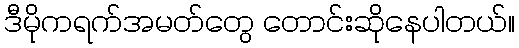
ဒီမိုကရက်အမတ်တွေ တောင်းဆိုနေပါတယ်။